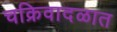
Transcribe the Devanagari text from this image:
चक्रिवादळात